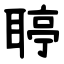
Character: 聤